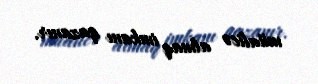
müalicə almaq imkanı qazanır.